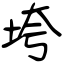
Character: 垮